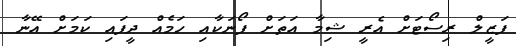
ފަޒީލް ރިސޯޓަށް އެރީ ޝިމާ އަތަށް ފޯނަކާއި ހަމެއް ދީފައި ކަމަށް އޭނާ